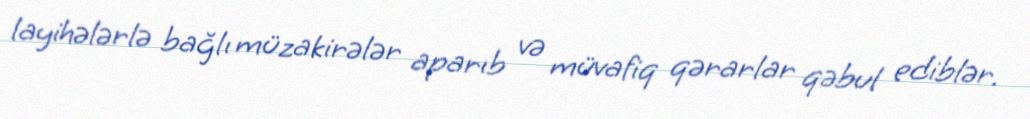
layihələrlə bağlı müzakirələr aparıb və müvafiq qərarlar qəbul ediblər.